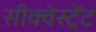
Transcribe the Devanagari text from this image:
सीक्वेस्ट्रेंट